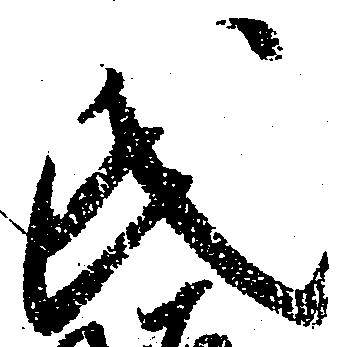
氏